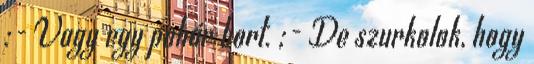
:- Vagy egy pohár bort. ;- De szurkolok, hogy